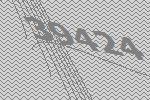
39424